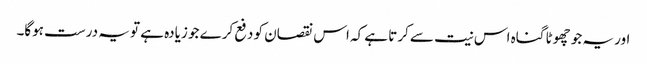
اور یہ جو چھوٹا گناہ اس نیت سے کرتا ہے کہ اس نقصان کو دفع کرے جو زیادہ ہے تو یہ درست ہوگا۔